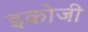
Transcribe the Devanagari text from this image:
इकोजी